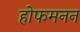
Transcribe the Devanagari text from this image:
होफमनन